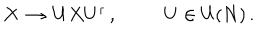
\begin{array} { c c } { { X \, \rightarrow \, U X U ^ { \dagger } \, , } } & { { U \in \mathrm { U } ( N ) \, . } } \\ \end{array}